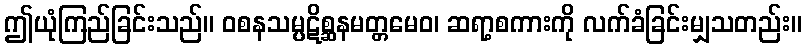
ဤယုံကြည်ခြင်းသည်။ ဝစနသမ္ပဋိစ္ဆနမတ္တမေဝ၊ ဆရာ့စကားကို လက်ခံခြင်းမျှသတည်း။